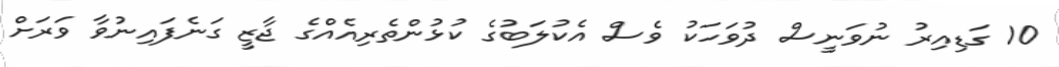
10 ގަޑިއިރު ނުވަނީސް ދުވަހަކު ވެސް އެކުލަބުގެ ކުޅުންތެރިއެއްގެ ޖާޒީ ގަނެފައިނުވާ ވަރަށް